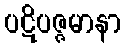
ပဋိပဇ္ဇမာနာ